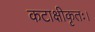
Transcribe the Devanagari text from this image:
कटाक्षीकृतः।